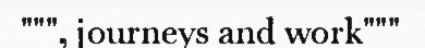
""", journeys and work"""